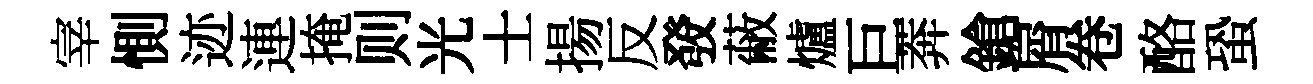
宰惻迹連掩则光士揚反𤼲蔽爐巨莾鎗屑卷酪蛩